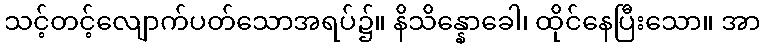
သင့်တင့်လျောက်ပတ်သောအရပ်၌။ နိသိန္နောခေါ၊ ထိုင်နေပြီးသော။ အာ